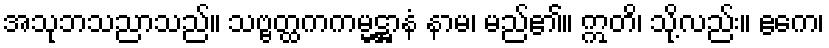
အသုဘသညာသည်။ သဗ္ဗတ္ထကကမ္မဋ္ဌာနံ နာမ၊ မည်၏။ ဣတိ၊ သို့လည်း။ ဧကေ၊